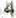
4